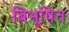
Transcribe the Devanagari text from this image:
बिभूषित